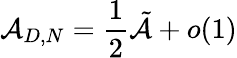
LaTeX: {\cal A}_{D,N}=\frac 12\tilde{\cal A}+o(1)